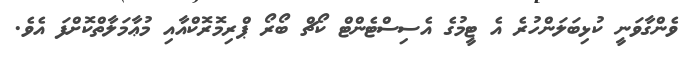
ވެންގާވަނީ ކުޅިބަލަންހުރެ އެ ޓީމުގެ އެސިސްޓެންޓް ކޯޗް ބޯރޯ ޕްރިމޮރޮކްއާއި މުޢާމަލާތްކޮށްފަ އެވެ.